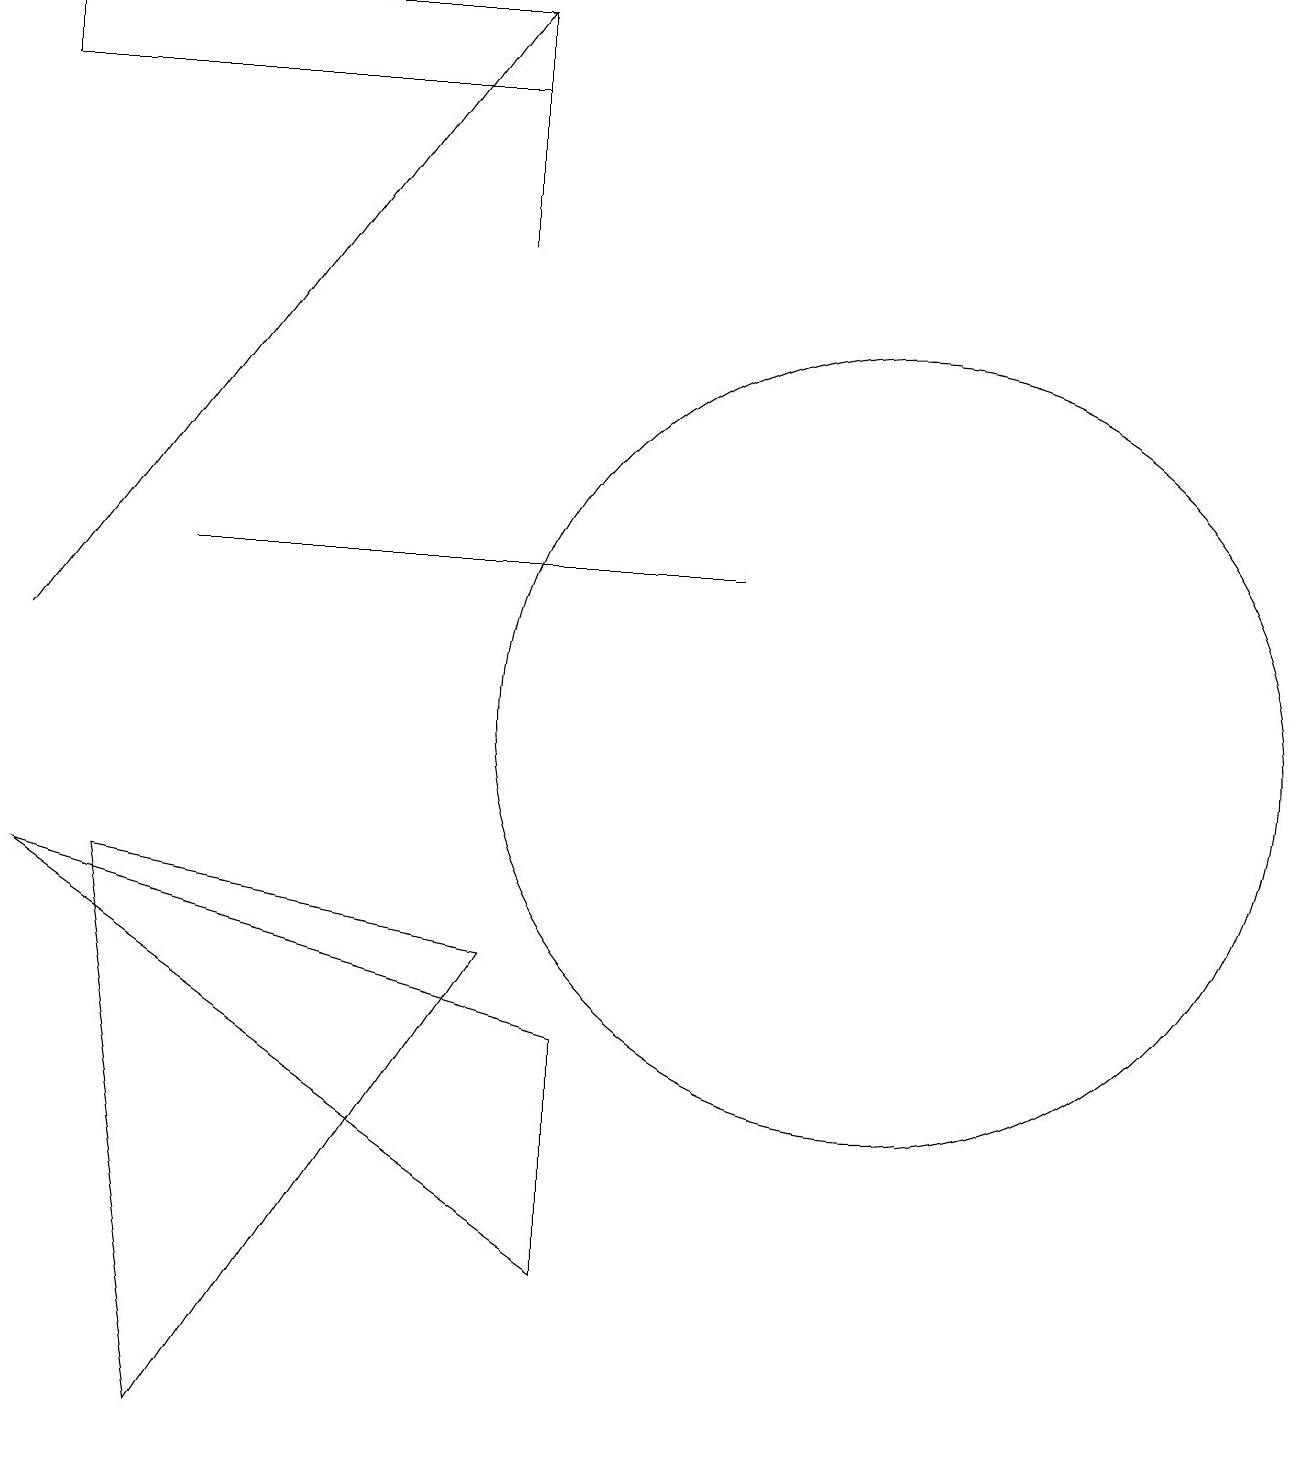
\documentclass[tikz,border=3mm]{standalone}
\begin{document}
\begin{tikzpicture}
\draw (11,10) circle (5);
\draw (6,18) rectangle (0,19);
\draw (9,12) rectangle (2,12);
\draw (7,3) -- (0,8) -- (7,6) -- cycle;
\draw (6,19) rectangle (6,16);
\draw (6,7) -- (2,1) -- (1,8) -- cycle;
\draw[->] (0,11) -- (6,19);
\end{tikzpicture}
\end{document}